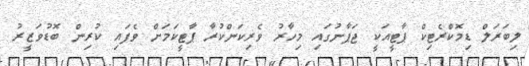
ލިބަރަލް ޑިމޮކްރެޓިކް ޕާޓީއަކީ ޖަޕާނުގައި މިހާރު ވެރިކަންކުރާ ޕާޓީކަމަށް ވެފައި ކުރިން ބޮޑުވަޒީރު